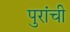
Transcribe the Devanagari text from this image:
पुरांची